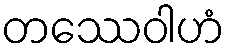
တဿေဝါဟံ